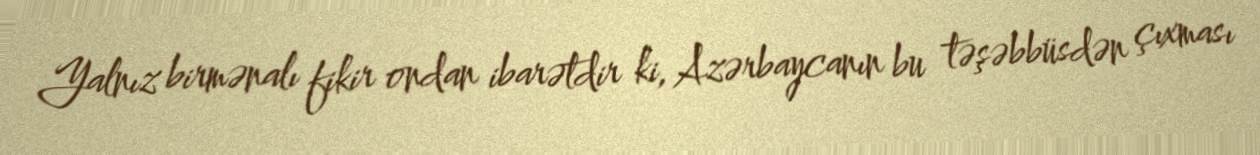
Yalnız birmənalı fikir ondan ibarətdir ki, Azərbaycanın bu təşəbbüsdən çıxması